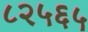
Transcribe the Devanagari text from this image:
८२५६५